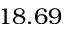
1 8 . 6 9